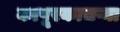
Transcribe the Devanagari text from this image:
कापूरकाचऱ्या